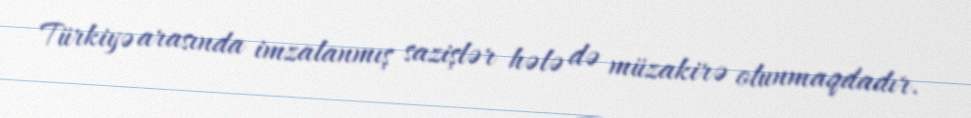
Türkiyə arasında imzalanmış sazişlər hələ də müzakirə olunmaqdadır.